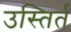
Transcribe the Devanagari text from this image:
उस्तिर्त